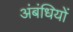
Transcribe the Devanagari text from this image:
अंबंधियों